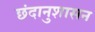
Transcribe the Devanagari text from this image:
छंदानुशासन